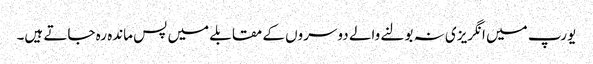
یورپ میں انگریزی نہ بولنے والے دوسروں کے مقابلے میں پس ماندہ رہ جاتے ہیں۔